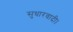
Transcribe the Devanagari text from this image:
सुधारवादी।